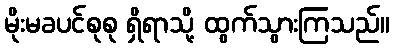
မိုးမခပင်စုစု ရှိရာသို့ ထွက်သွားကြသည်။